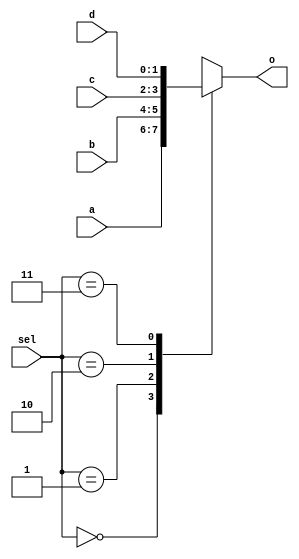
`timescale 1ns / 1ps
//////////////////////////////////////////////////////////////////////////////////
// Company: 
// Engineer: 
// 
// Design Name: 
// Module Name:    mux4to1_2 
// Project Name: 
// Target Devices: 
// Tool versions: 
// Description: 
//
// Dependencies: 
//
// Revision: 
// Revision 0.01 - File Created
// Additional Comments: 
//
//////////////////////////////////////////////////////////////////////////////////
module mux4to1_2(
input [1:0] sel,
	input [1:0] a,
	input [1:0] b,
	input [1:0] c,
	input [1:0] d,
	output reg[1:0] o );
	
	always @* begin
		case(sel)
			'b00: o = a;
			'b01: o = b;
			'b10: o = c;
			'b11: o = d;
		endcase
	end

endmodule